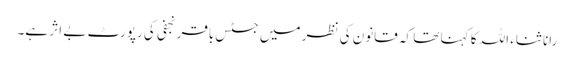
رانا ثناء اللہ کا کہنا تھا کہ قانون کی نظر میں جسٹس باقر نجفی کی رپورٹ بے اثر ہے۔